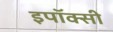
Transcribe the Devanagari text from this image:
इपॉक्सी